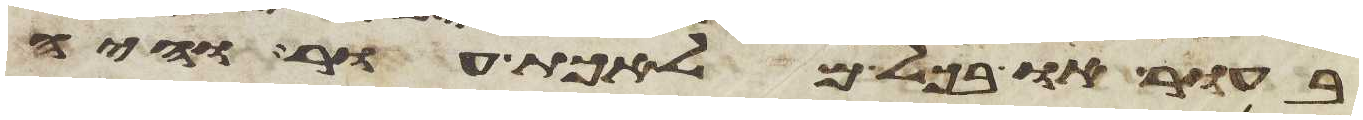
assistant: בעור או בכל מלאכת עור והיה